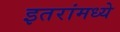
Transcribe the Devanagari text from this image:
इतरांमध्ये